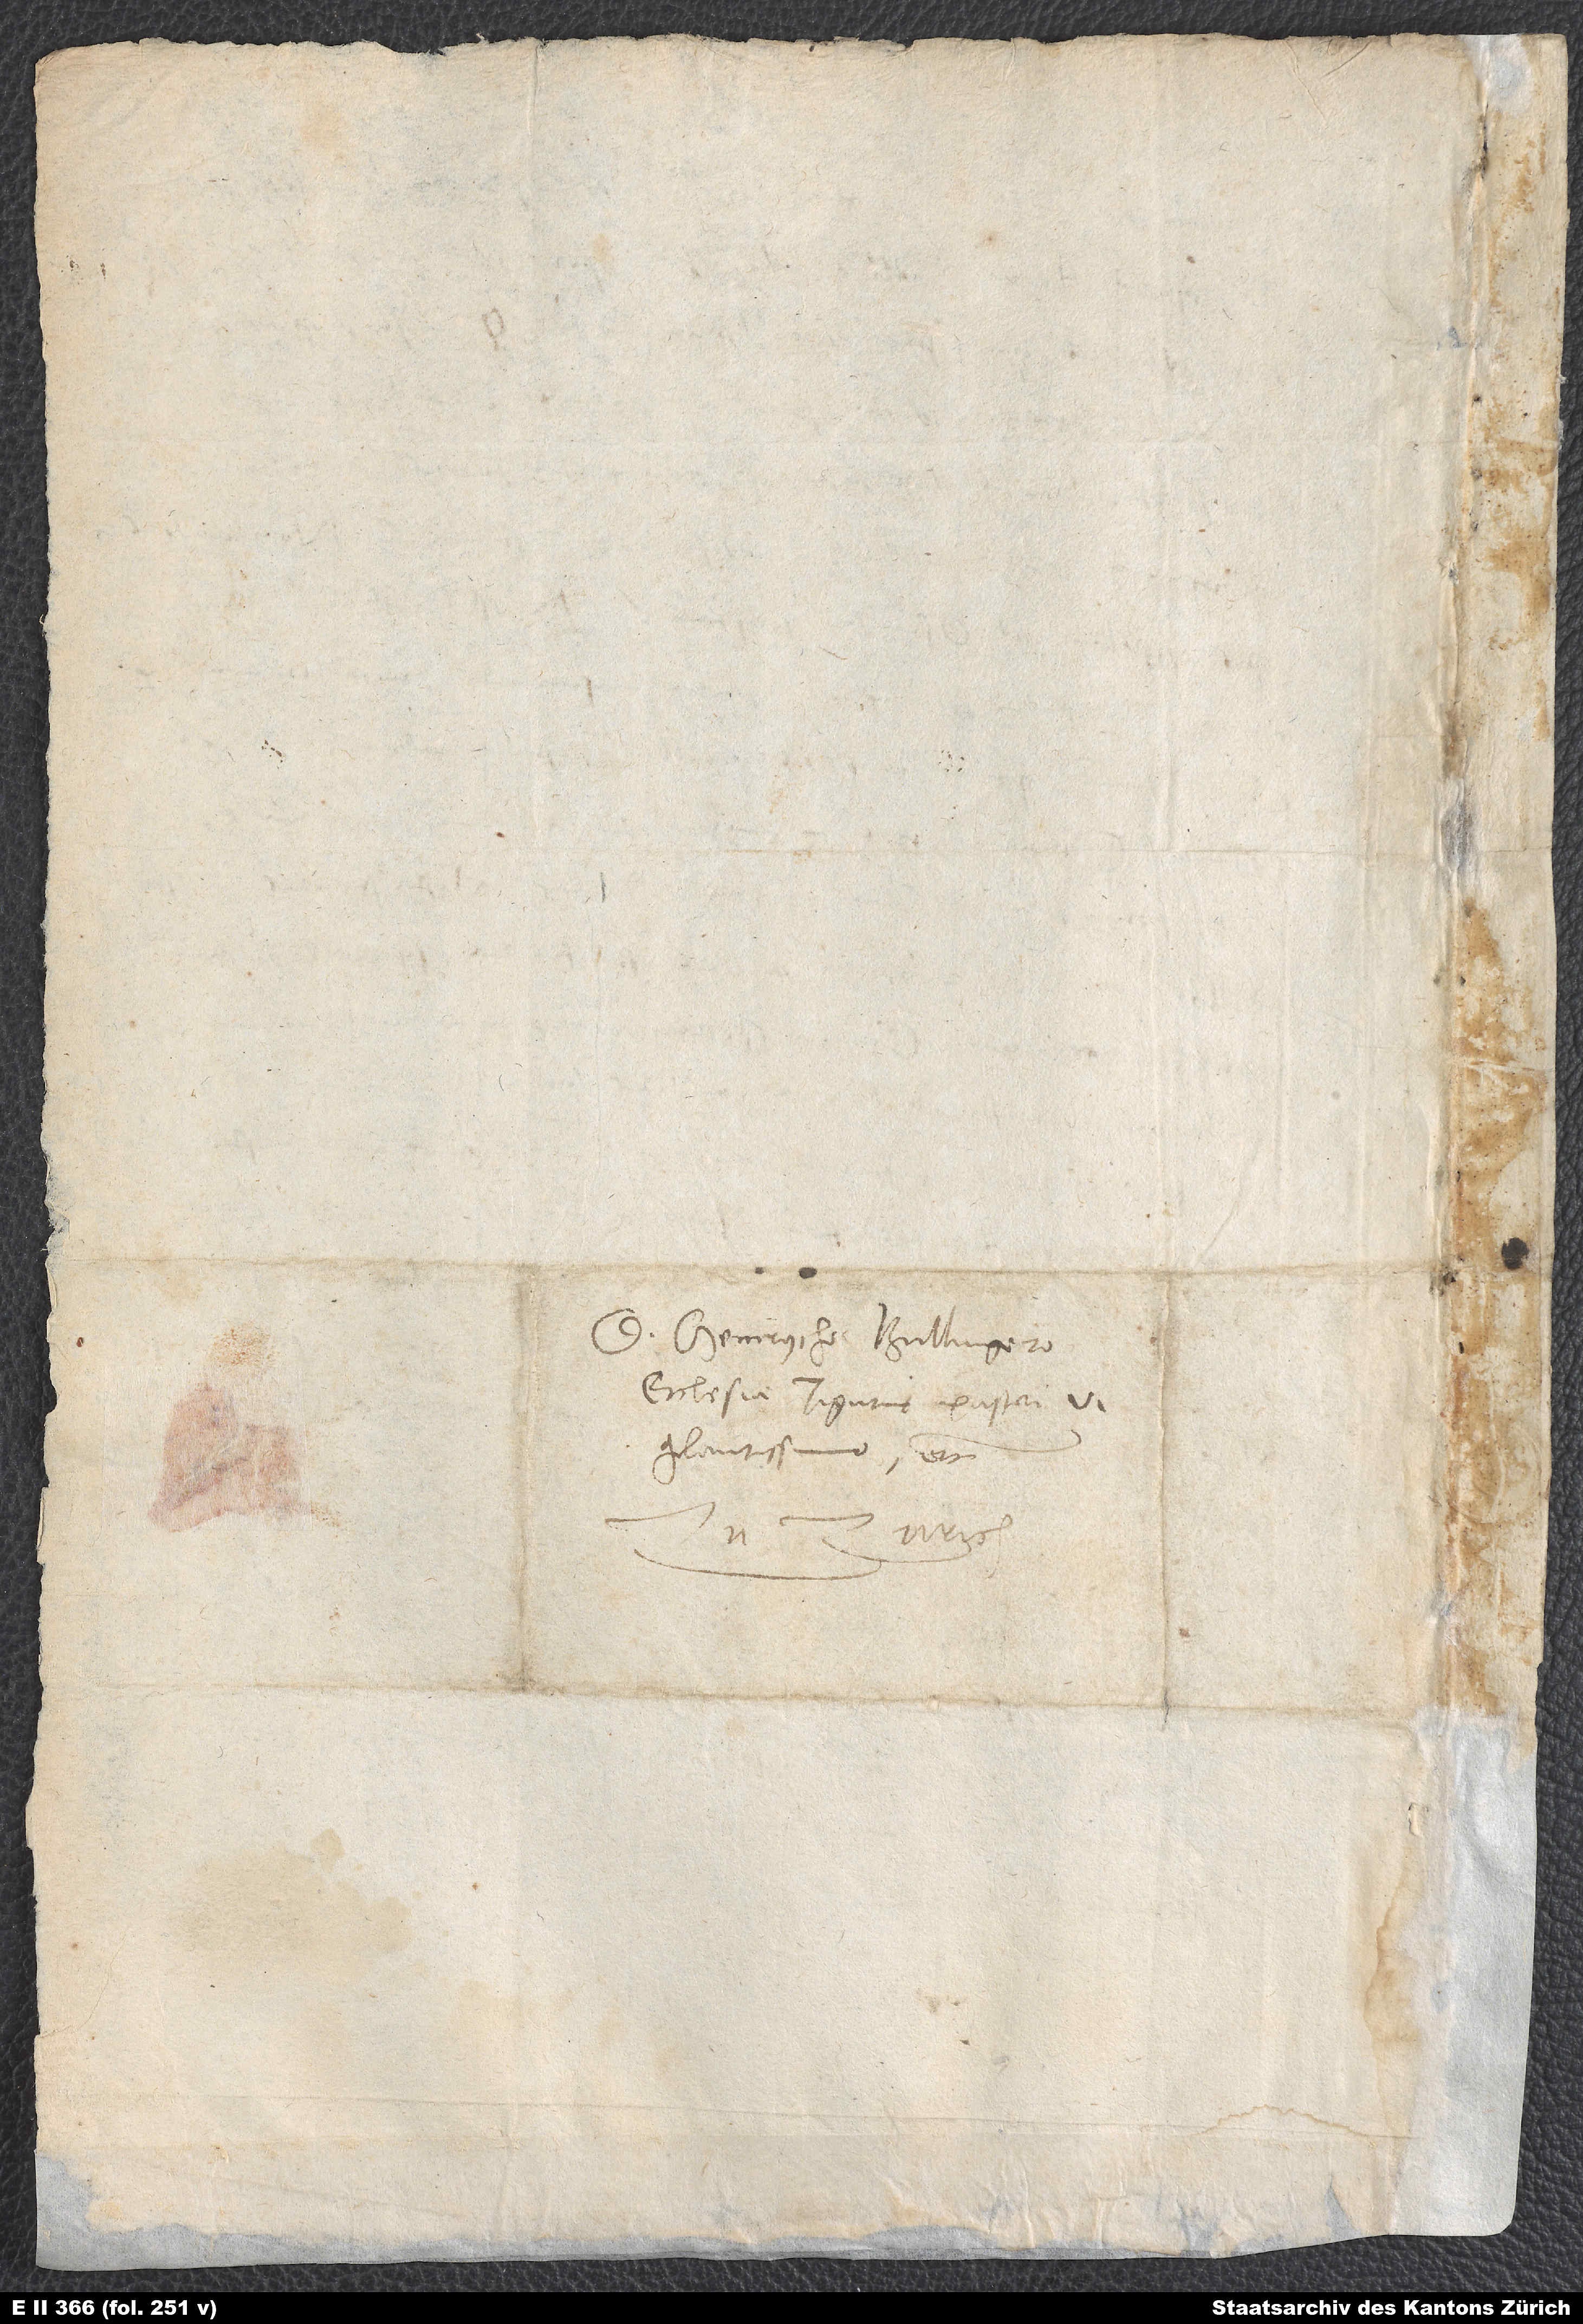
D. Heinrycho Bullingero,
ecclesiae Tigurinę pastori
vigilantissimo etc.
Zu Zurich.